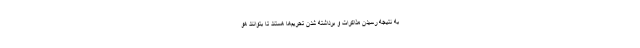
به نتیجه رسیدن مذاکرات و برداشته شدن تحریم‌ها هستند تا بتوانند هو